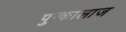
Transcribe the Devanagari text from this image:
पुन्कालाज